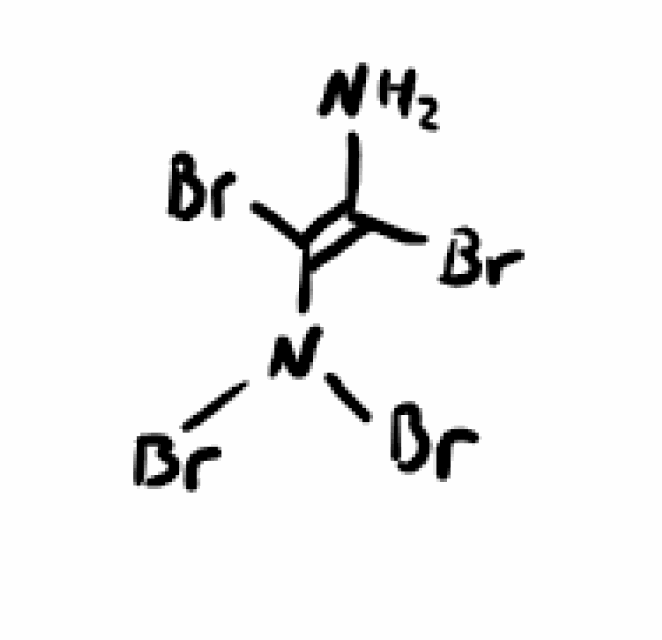
Simplified molecular-input line-entry system (SMILES) notation of the given molecule:
C(=C(/N(Br)Br)\Br)(\N)/Br